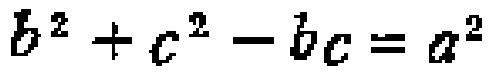
\(b^{2}+c^{2}-bc = a^{2}\)